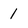
Character: 1